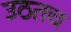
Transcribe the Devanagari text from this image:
उठतच